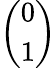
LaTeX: \left(\begin{array}{c}{0}\\ {1}\end{array}\right)